Lunatic asylums Madras 1892-1911 - 1892-1911
Year: 1892
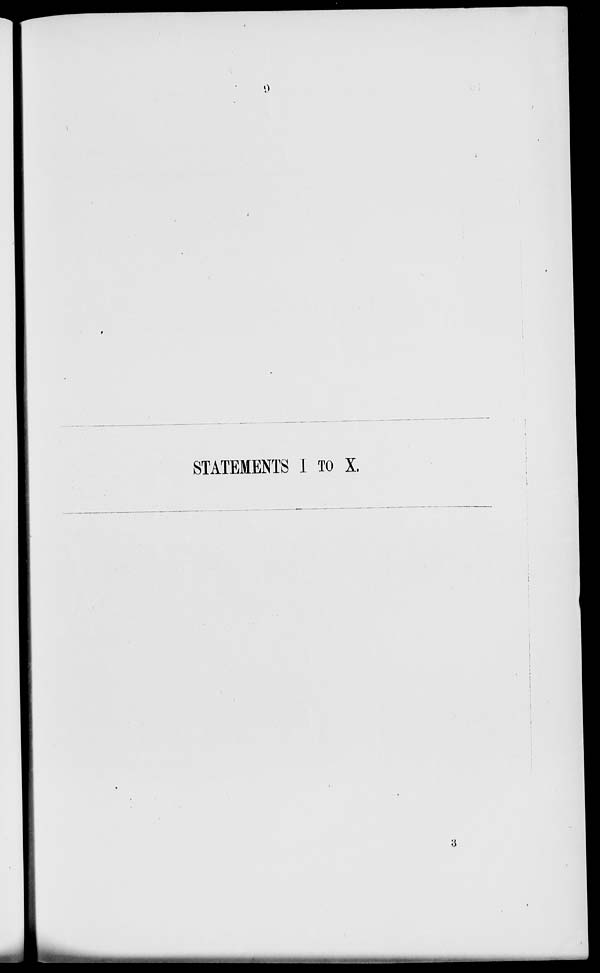
0
STATEMENTS I TO X.